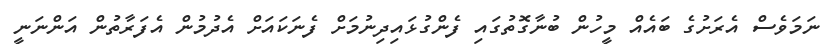
ނަމަވެސް އެރަށުގެ ބައެއް މީހުން ބުނާގޮތުގައި ފެންގުޅައިދިނުމަށް ފެނަކައަށް އެދުމުން އެފަރާތުން އަންނަނީ